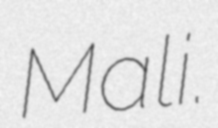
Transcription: Mali.